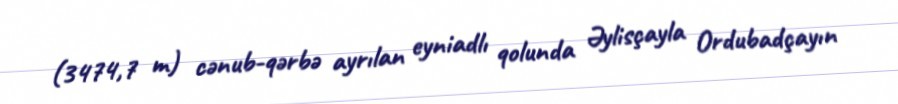
(3474,7 m) cənub-qərbə ayrılan eyniadlı qolunda Əylisçayla Ordubadçayın